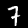
Digit: 7